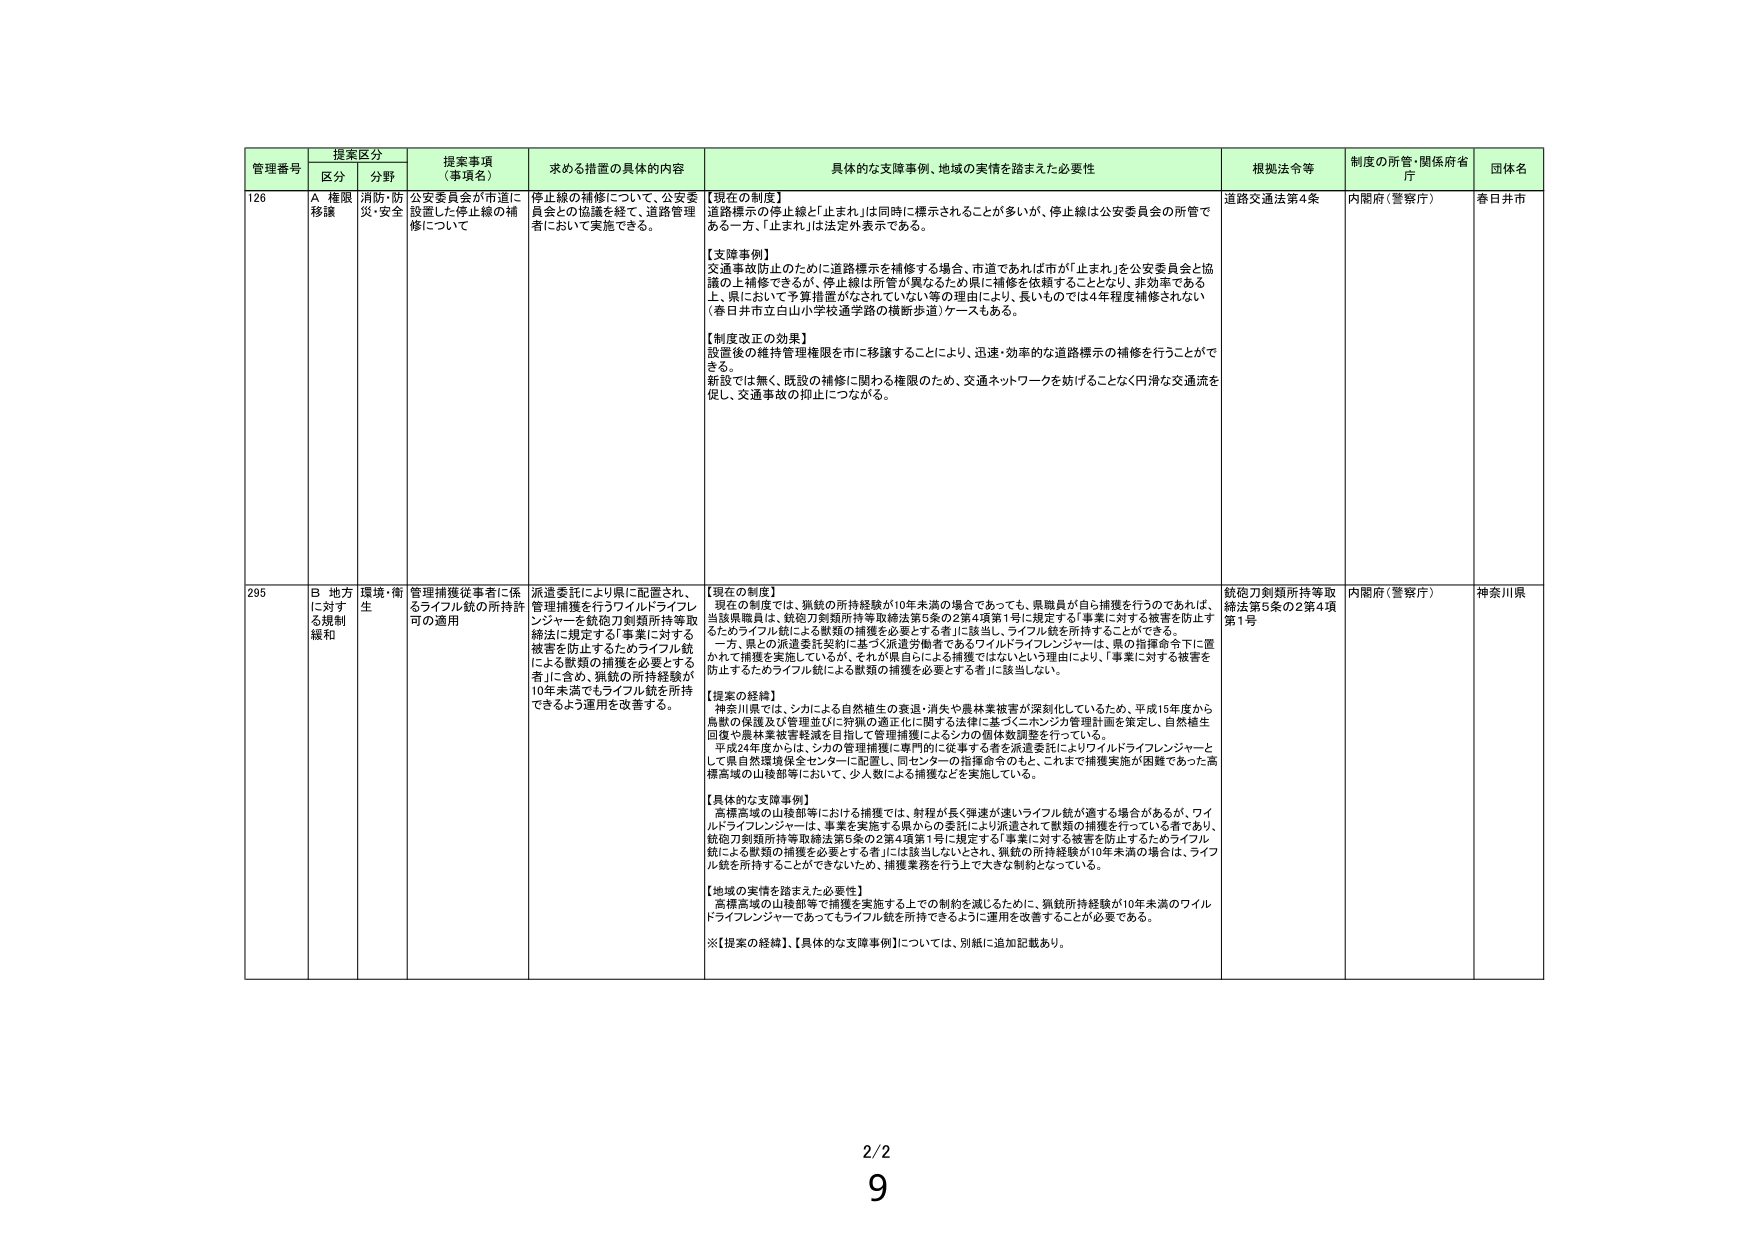
管理番号 提案区分 提案事項（事項名） 求める措置の具体的内容 具体的な支障事例、地域の実情を踏まえた必要性 根拠法令等 制度の所管・関係府省庁 団体名
区分 分野
126 A 権限移譲 消防・防災・安全 公安委員会が市道に設置した停止線の補修について 停止線の補修について、公安委員会との協議を経て、道路管理者において実施できる。 【現在の制度】 道路標示の停止線と「止まれ」は同時に標示されることが多いが、停止線は公安委員会の所管である一方、「止まれ」は法定外表示である。 【支障事例】 交通事故防止のために道路標示を補修する場合、市道であれば市が「止まれ」を公安委員会と協議の上補修できるが、停止線は所管が異なるため県に補修を依頼することとなり、非効率である上、県において予算措置がなされていない等の理由により、長いものでは4年程度補修されない（春日井市立白山小学校通学路の横断歩道）ケースもある。 【制度改正の効果】 設置後の維持管理権限を市に移譲することにより、迅速・効率的な道路標示の補修を行うことができる。 新設では無く、既設の補修に関わる権限のため、交通ネットワークを妨げることなく円滑な交通流を促し、交通事故の抑止につながる。 道路交通法第4条 内閣府（警察庁） 春日井市
295 B 地方に対する規制緩和 環境・衛生 管理捕獲従事者に係るライフル銃の所持許可の適用 派遣委託により県に配置され、管理捕獲を行うワイルドライフレンジャーを銃砲刀剣類所持等取締法に規定する「事業に対する被害を防止するためライフル銃による獣類の捕獲を必要とする者」に含め、猟銃の所持経験が10年未満でもライフル銃を所持できるよう運用を改善する。 【現在の制度】 現在の制度では、猟銃の所持経験が10年未満の場合であっても、県職員が自ら捕獲を行うのであれば、当該県職員は、銃砲刀剣類所持等取締法第5条の2第4項第1号に規定する「事業に対する被害を防止するためライフル銃による獣類の捕獲を必要とする者」に該当し、ライフル銃を所持することができる。 一方、県との派遣委託契約に基づく派遣労働者であるワイルドライフレンジャーは、県の指揮命令下に置かれて捕獲を実施しているが、それが県自らによる捕獲ではないという理由により、「事業に対する被害を防止するためライフル銃による獣類の捕獲を必要とする者」に該当しない。 【提案の経緯】 神奈川県では、シカによる自然植生の衰退・消失や農林業被害が深刻化しているため、平成15年度から鳥獣の保護及び管理並びに狩猟の適正化に関する法律に基づくニホンジカ管理計画を策定し、自然植生回復や農林業被害軽減を目指して管理捕獲によるシカの個体数調整を行っている。 平成24年度からは、シカの管理捕獲に専門的に従事する者を派遣委託によりワイルドライフレンジャーとして県自然環境保全センターに配置し、同センターの指揮命令のもと、これまで捕獲実施が困難であった高標高域の山稜部等において、少人数による捕獲などを実施している。 【具体的な支障事例】 高標高域の山稜部等における捕獲では、射程が長く弾速が速いライフル銃が適する場合があるが、ワイルドライフレンジャーは、事業を実施する県からの委託により派遣されて獣類の捕獲を行っている者であり、銃砲刀剣類所持等取締法第5条の2第4項第1号に規定する「事業に対する被害を防止するためライフル銃による獣類の捕獲を必要とする者」には該当しないとされ、猟銃の所持経験が10年未満の場合は、ライフル銃を所持することができないため、捕獲業務を行う上で大きな制約となっている。 【地域の実情を踏まえた必要性】 高標高域の山稜部等で捕獲を実施する上での制約を減じるために、猟銃所持経験が10年未満のワイルドライフレンジャーであってもライフル銃を所持できるように運用を改善することが必要である。 ※【提案の経緯】、【具体的な支障事例】については、別紙に追加記載あり。 銃砲刀剣類所持等取締法第5条の2第4項第1号 内閣府（警察庁） 神奈川県
2/2
9